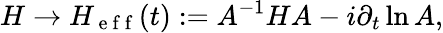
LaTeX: H\rightarrow H_{\mathrm{~e~f~f~}}(t):=A^{-1}HA-i\partial_{t}\ln A,